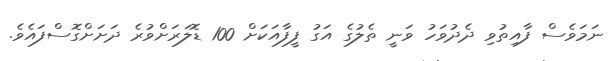
ނަމަވެސް ފާއިތުވި ދެދުވަހު ވަނީ ތެލުގެ އަގު ފީފާއަކަށް 100 ޑޮލަރަށްވުރެ ދަށަށްގޮސްފައެވެ.